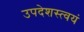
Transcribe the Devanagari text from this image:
उपदेशस्त्वयं